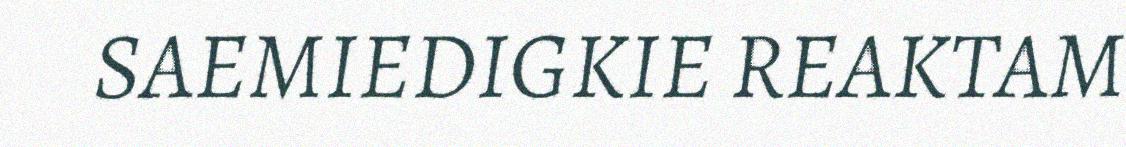
SAEMIEDIGKIE REAKTAM